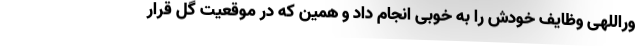
وراللهی وظایف خودش را به خوبی انجام داد و همین که در موقعیت گل قرار